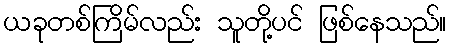
ယခုတစ်ကြိမ်လည်း သူတို့ပင် ဖြစ်နေသည်။